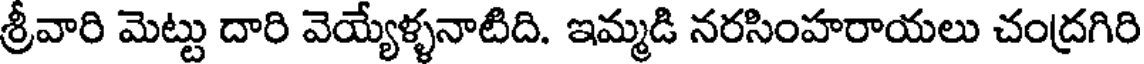
శ్రీవారి మెట్టు దారి వెయ్యేళ్ళనాటిది. ఇమ్మడి నరసింహరాయలు చంద్రగిరి